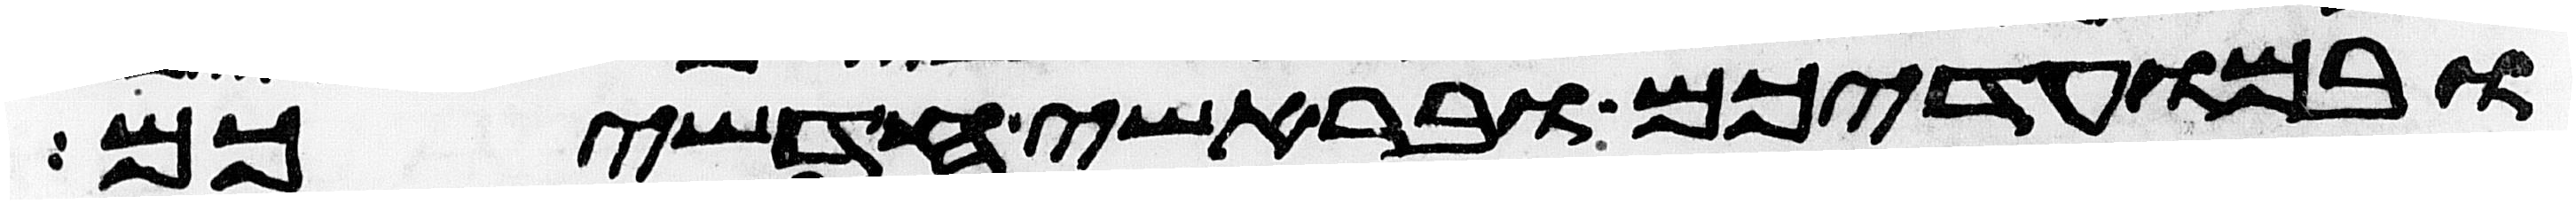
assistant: ובמועדיכם ובראשי חדשיכם